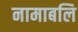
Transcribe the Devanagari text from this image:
नामाबलि